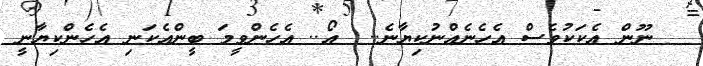
ނޫން އެކަކުވެސް އެހެނެއްނުކިޔާނެ..  އޯ.. އެހެންވީމަ ބީންއެކަނި އެހެންކިޔާނީ